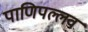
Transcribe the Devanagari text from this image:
पाणिपल्लव